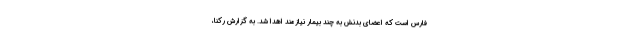
فارس است که اعضای بدنش به چند بیمار نیازمند اهدا شد. به گزارش رکنا،